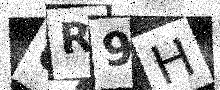
Text: UR9H